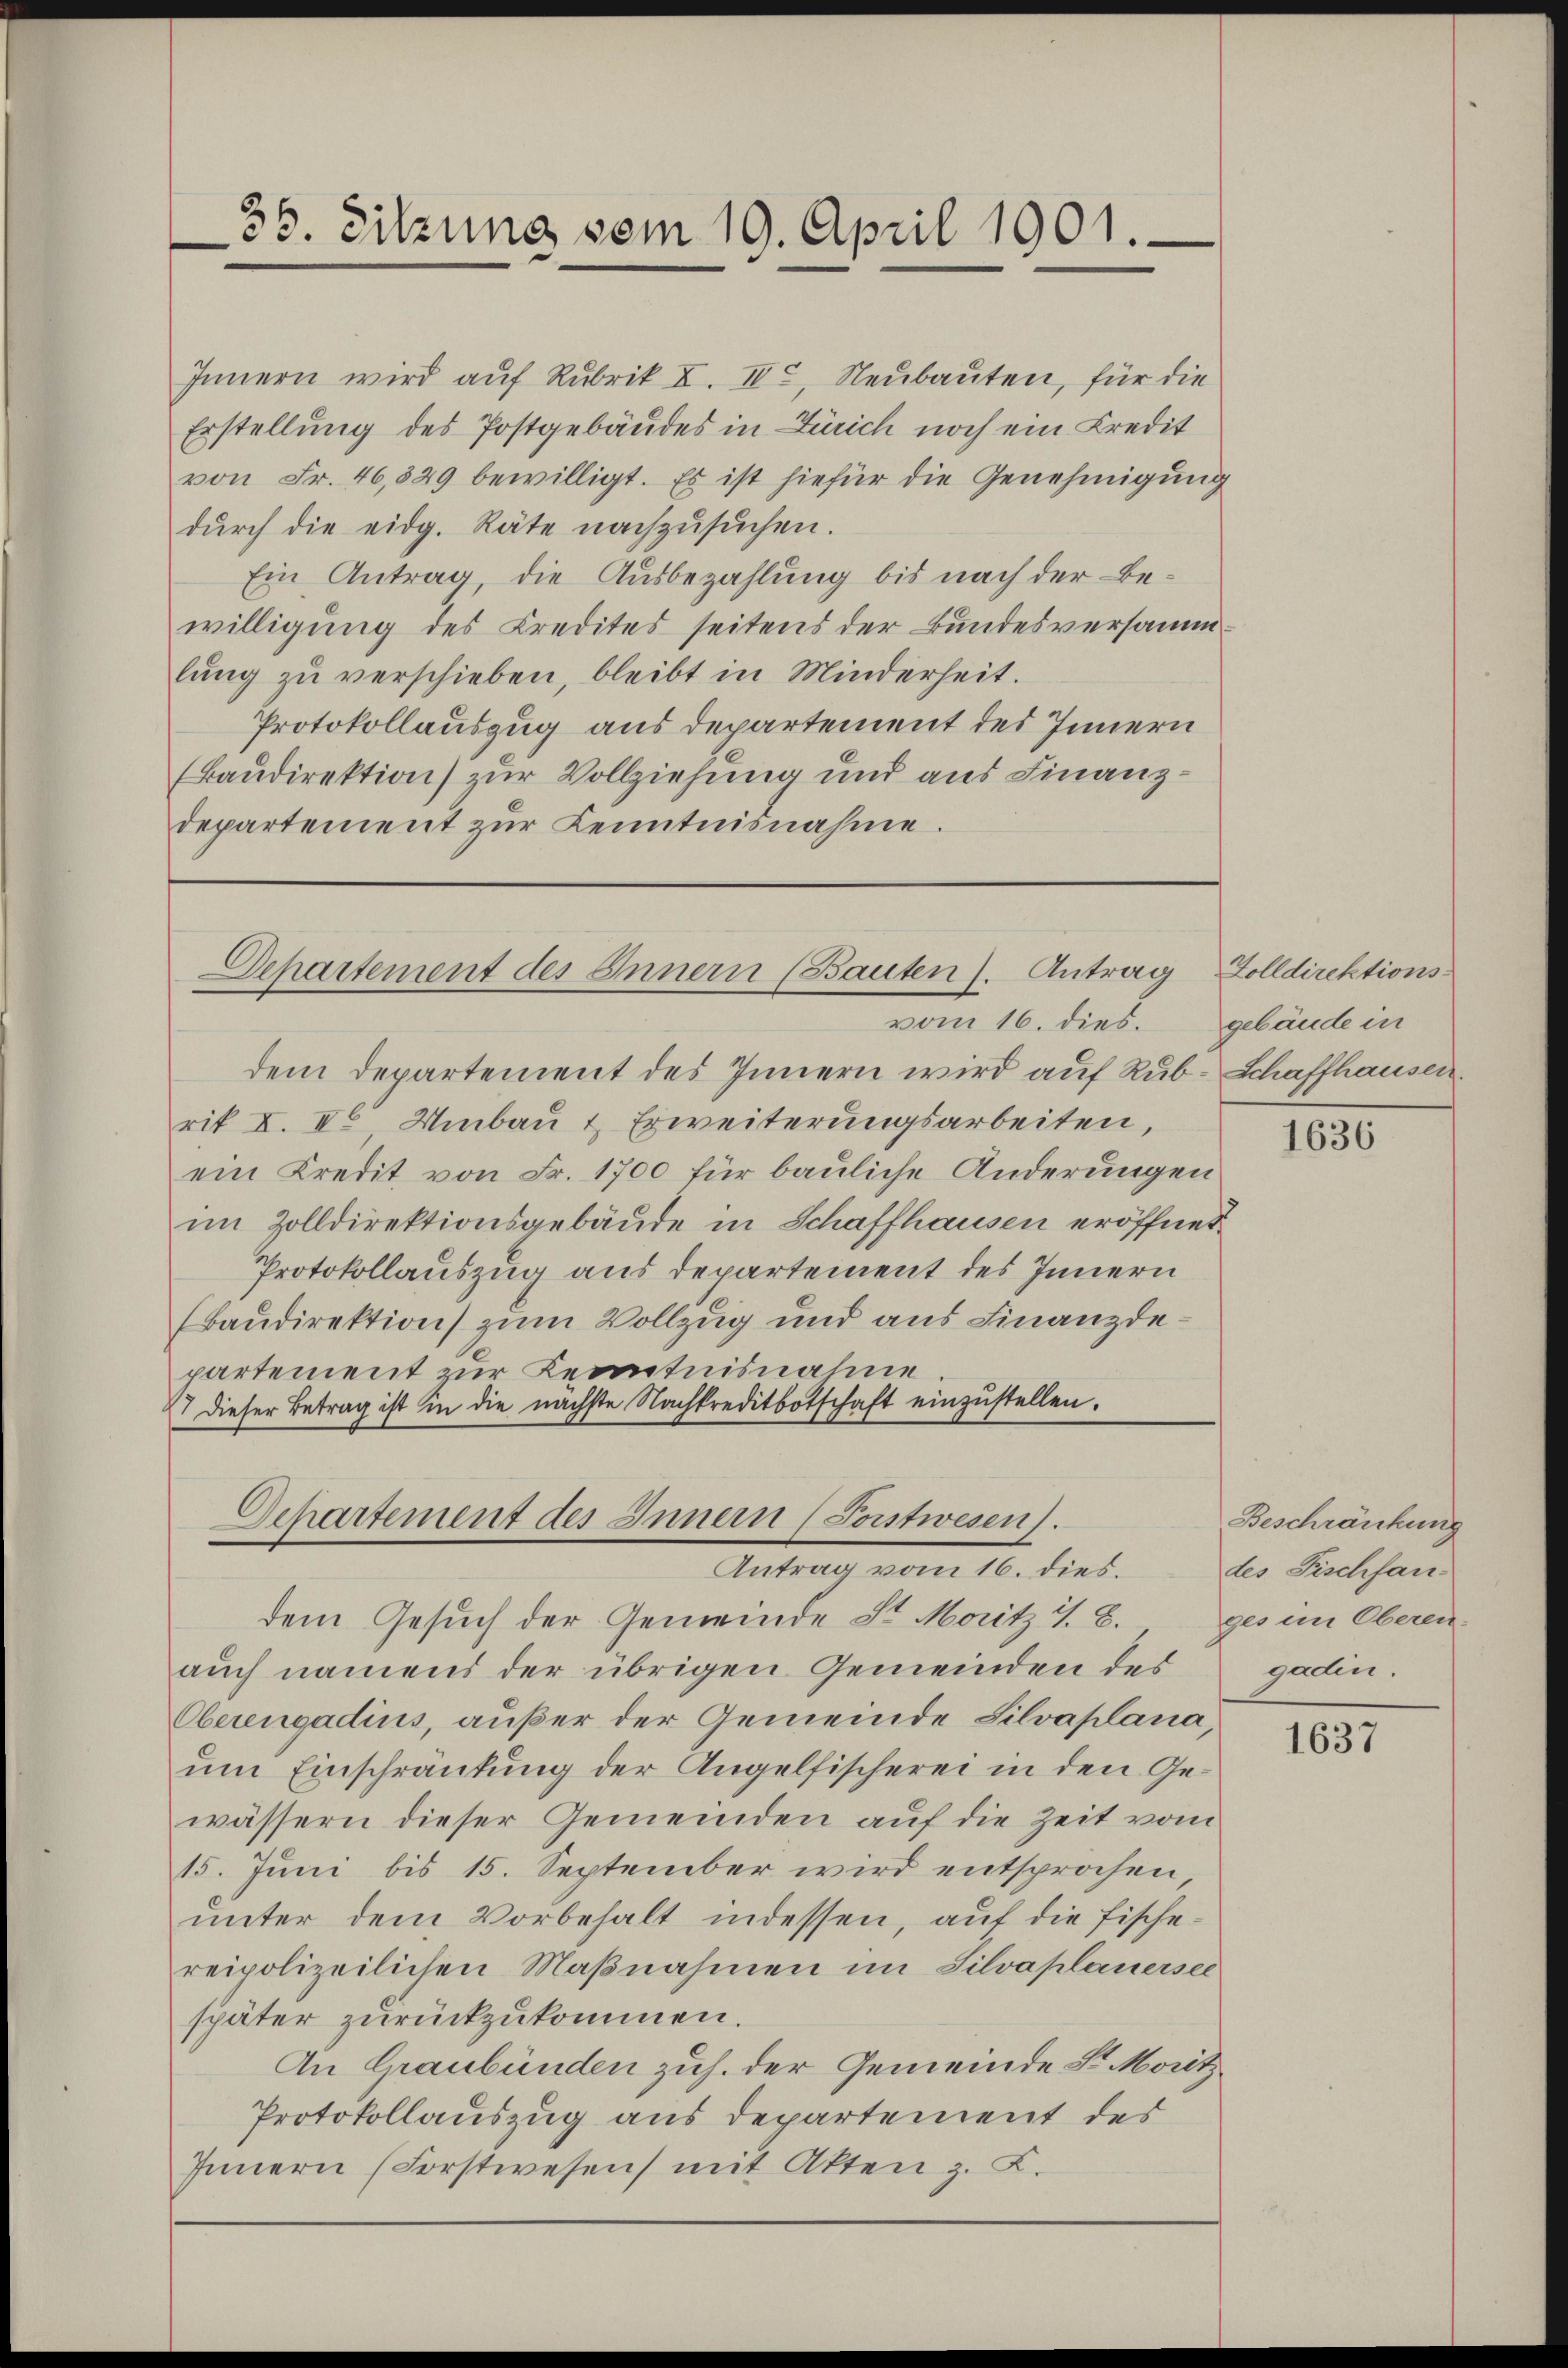
35. Sitzung vom 19. April 1901.

Innern wird auf Rubrik I. II., Neubauten, für die
Erstellung des Postgebäudes in Zürich noch ein Credit
von Fr. 46,529 bewilligt. Es ist hiefür die Genehmigung
dŭrch die eidg. Räte nachzŭsŭchen.
Ein Antrag, die Ausbezahlung bis nach der Bewilligung des Kredites seitens der Bundesversammlŭng zŭ verschieben, bleibt in Minderheit.
Protokollauszug aus departement des Innern
(Baudirektion) zur Vollziehung und aus Finanzdepartement zur Kenntnisnahme.

Departement des Innern (Bauten). Antrag
vom 16. dies.

Antrag vom 16. dies.

dem Departement des Innern wird auf Rub-Schaffhausen.
rik I. II, Umbau & Erweiterungsarbeiten,
ein Kredit von Fr. 1700 für bauliche Änderungen
im Zolldirektionsgebäude in Schaffhausen eröffnet.
Protokollauszug aus Departement des Innern
(Baudirektion zum Vollzug und aus Finanzdepartement zur Kenntnisnahme
7 dieser Betrag ist in die nächste Nachkreditbotschaft einzustellen.
Departement des Innern (Porstwesen).

dem Gesuch der Gemeinde Sr. Moritz v. 8. ges im Oberen
auch namens der übrigen Gemeinden des
Oberengadius, außer der Gemeinde Silvaplana,
um Einschränkung der Angelfischerei in den Gewässern dieser Gemeinden auf die Zeit vom
15. Juni bis 15. September wird entsprochen
unter dem Vorbehalt indessen, auf die Fischereipolizeilichen Maßnahmen im Silvaplanersel
später zurückzukommen.
An Graubünden zuh. der Gemeinde St. Moritz
Protokollauszug aus Departement des
Innern (Forstwesen mit Atten z. B.

Zolldirektions-
gebäude in

1636

Beschränkung
des Fischfan-
gadin.

1637